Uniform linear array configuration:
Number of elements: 24
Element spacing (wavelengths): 0.75
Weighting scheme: binomial
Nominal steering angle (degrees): -30
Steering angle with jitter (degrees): -30.074
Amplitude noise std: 0.05
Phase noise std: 0.05

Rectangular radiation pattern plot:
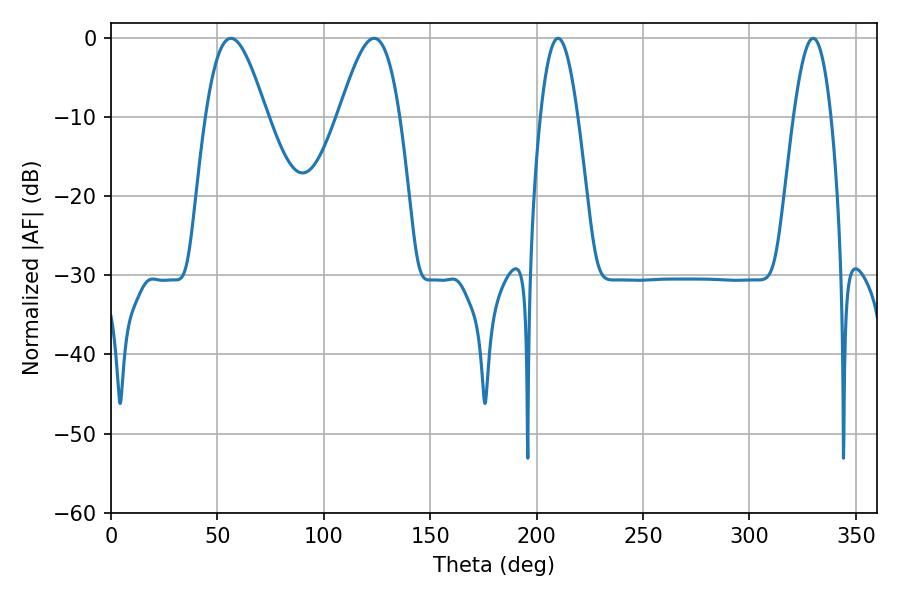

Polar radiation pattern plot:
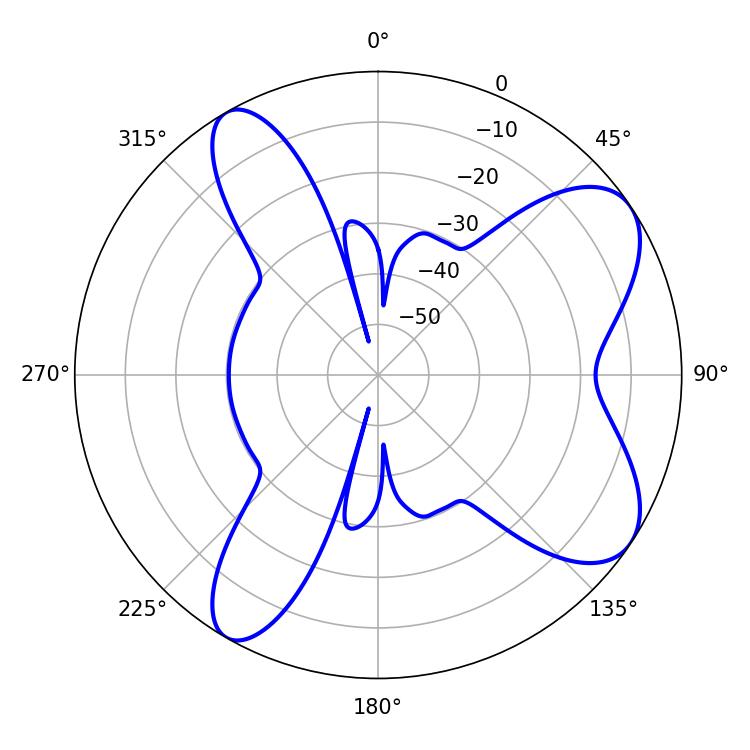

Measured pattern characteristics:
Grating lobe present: TRUE
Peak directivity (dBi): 7.914
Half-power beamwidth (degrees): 9.54
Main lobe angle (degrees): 210.06